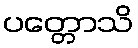
ပတ္တောသိ